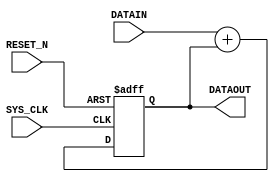
//--- stage 3 - integral part 

module STAGE3_INTEGRAL_PART  
(
	input SYS_CLK  , 
	input RESET_N ,
	input signed[21:0] DATAIN , 
	output reg signed [25:0] DATAOUT
);
	
	initial
	begin
		DATAOUT = 1'b0;
	end
	
	//assign DATAOUT = DATAIN+PRE_DATAOUT;
	
	always@(negedge RESET_N or posedge SYS_CLK)//
	begin
		if (!RESET_N ) begin
			DATAOUT <= 26'd0;
		end
		else 
		begin
			if(DATAIN[0]==1'b0 || DATAIN[0]==1'b1) DATAOUT <= DATAIN+DATAOUT;
			else DATAOUT <= DATAOUT;
		end
	end

endmodule